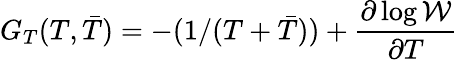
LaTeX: G_{T}(T,{\bar{T}})=-(1/(T+{\bar{T}}))+\frac{\partial\log\cal W}{\partial T}